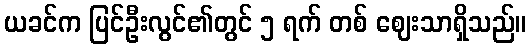
ယခင်က ပြင်ဦးလွင်၏တွင် ၅ ရက် တစ် ဈေးသာရှိသည်။